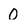
Character: 0